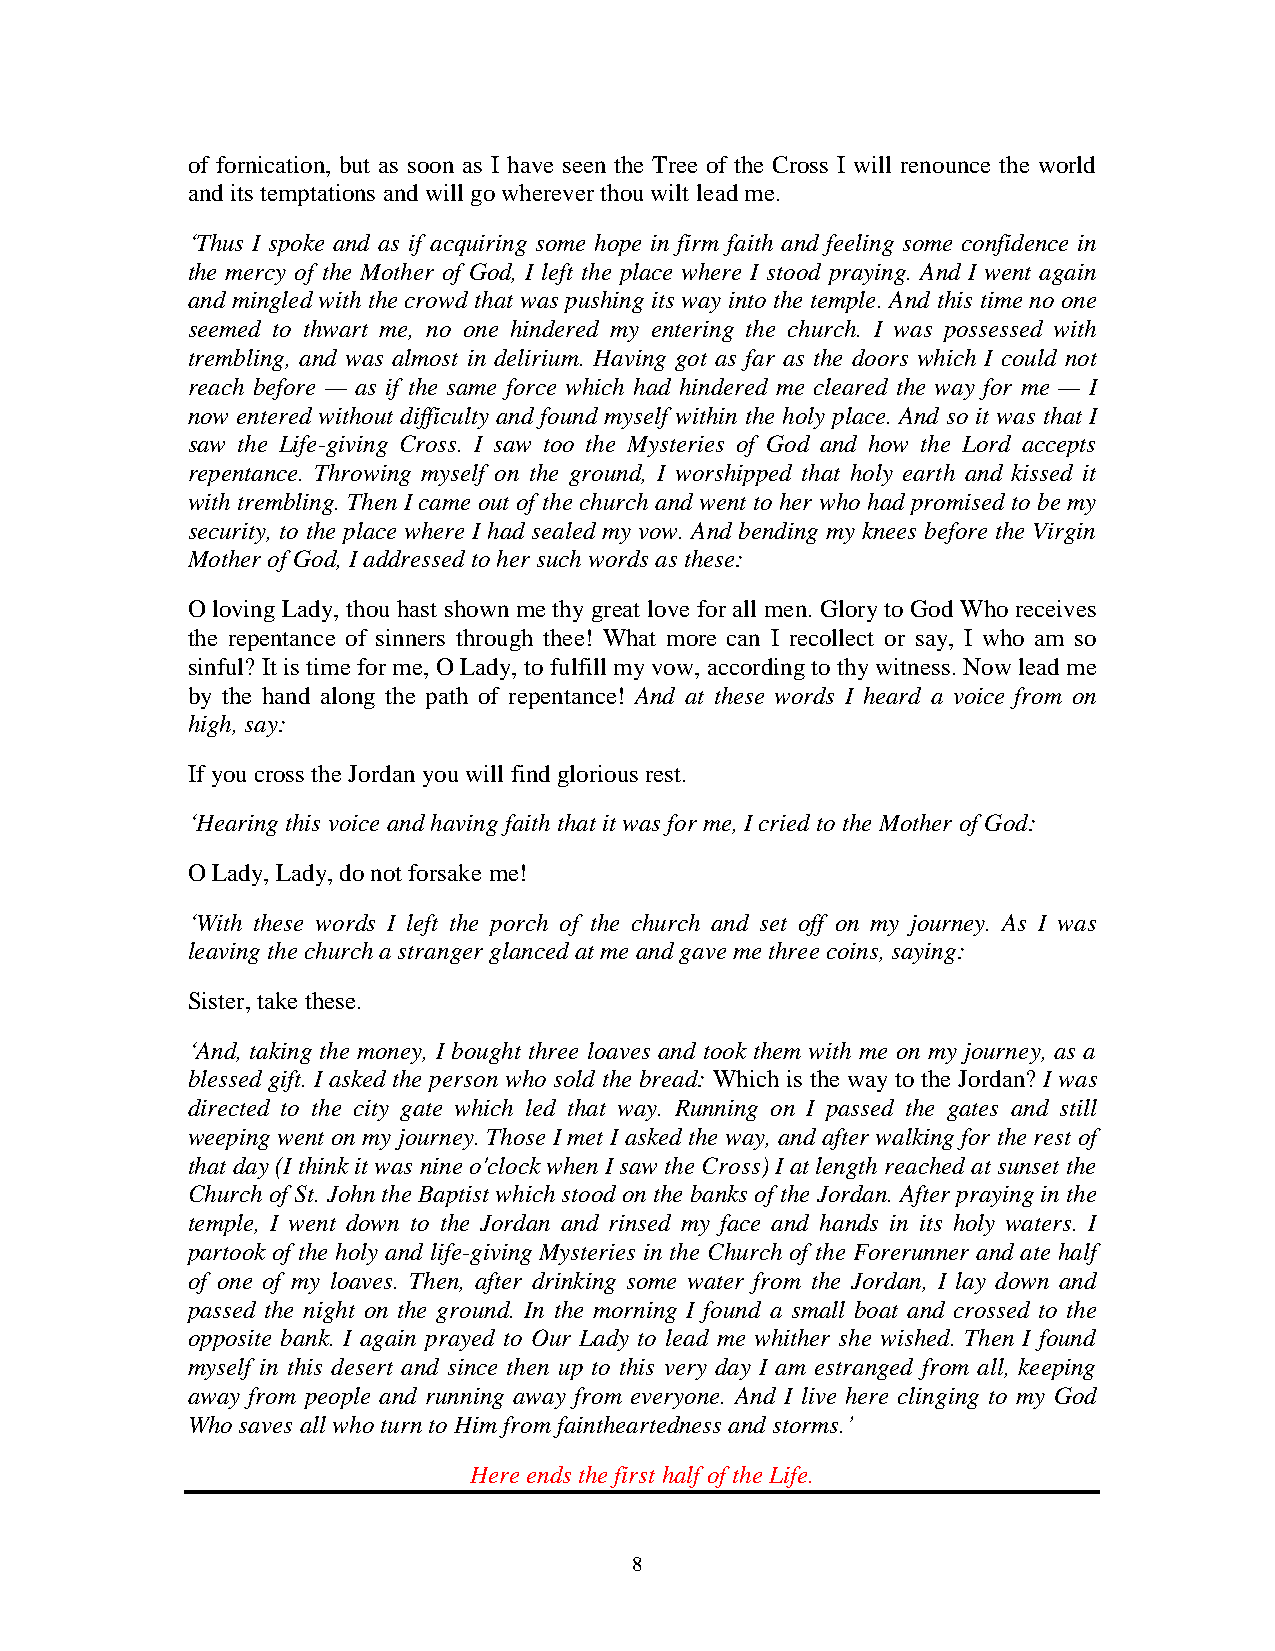
of fornication, but as soon as I have seen the Tree of the Cross I will renounce the world
 and its temptations and will go wherever thou wilt lead me.
 ‘Thus I spoke and as if acquiring some hope in firm faith and feeling some confidence in
 the mercy of the Mother of God, I left the place where I stood praying. And I went again
 and mingled with the crowd that was pushing its way into the temple. And this time no one
 seemed to thwart me, no one hindered my entering the church. I was possessed with
 trembling, and was almost in delirium. Having got as far as the doors which I could not
 reach before — as if the same force which had hindered me cleared the way for me — I
 now entered without difficulty and found myself within the holy place. And so it was that I
 saw the Life-giving Cross. I saw too the Mysteries of God and how the Lord accepts
 repentance. Throwing myself on the ground, I worshipped that holy earth and kissed it
 with trembling. Then I came out of the church and went to her who had promised to be my
 security, to the place where I had sealed my vow. And bending my knees before the Virgin
 Mother of God, I addressed to her such words as these:
 O loving Lady, thou hast shown me thy great love for all men. Glory to God Who receives
 the repentance of sinners through thee! What more can I recollect or say, I who am so
 sinful? It is time for me, O Lady, to fulfill my vow, according to thy witness. Now lead me
 by the hand along the path of repentance! And at these words I heard a voice from on
 high, say:
 If you cross the Jordan you will find glorious rest.
 ‘Hearing this voice and having faith that it was for me, I cried to the Mother of God:
 O Lady, Lady, do not forsake me!
 ‘With these words I left the porch of the church and set off on my journey. As I was
 leaving the church a stranger glanced at me and gave me three coins, saying:
 Sister, take these.
 ‘And, taking the money, I bought three loaves and took them with me on my journey, as a
 blessed gift. I asked the person who sold the bread: Which is the way to the Jordan? I was
 directed to the city gate which led that way. Running on I passed the gates and still
 weeping went on my journey. Those I met I asked the way, and after walking for the rest of
 that day (I think it was nine o'clock when I saw the Cross) I at length reached at sunset the
 Church of St. John the Baptist which stood on the banks of the Jordan. After praying in the
 temple, I went down to the Jordan and rinsed my face and hands in its holy waters. I
 partook of the holy and life-giving Mysteries in the Church of the Forerunner and ate half
 of one of my loaves. Then, after drinking some water from the Jordan, I lay down and
 passed the night on the ground. In the morning I found a small boat and crossed to the
 opposite bank. I again prayed to Our Lady to lead me whither she wished. Then I found
 myself in this desert and since then up to this very day I am estranged from all, keeping
 away from people and running away from everyone. And I live here clinging to my God
 Who saves all who turn to Him from faintheartedness and storms.’
 Here ends the first half of the Life.
 8